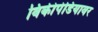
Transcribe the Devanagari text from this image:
विकीपेडियावर